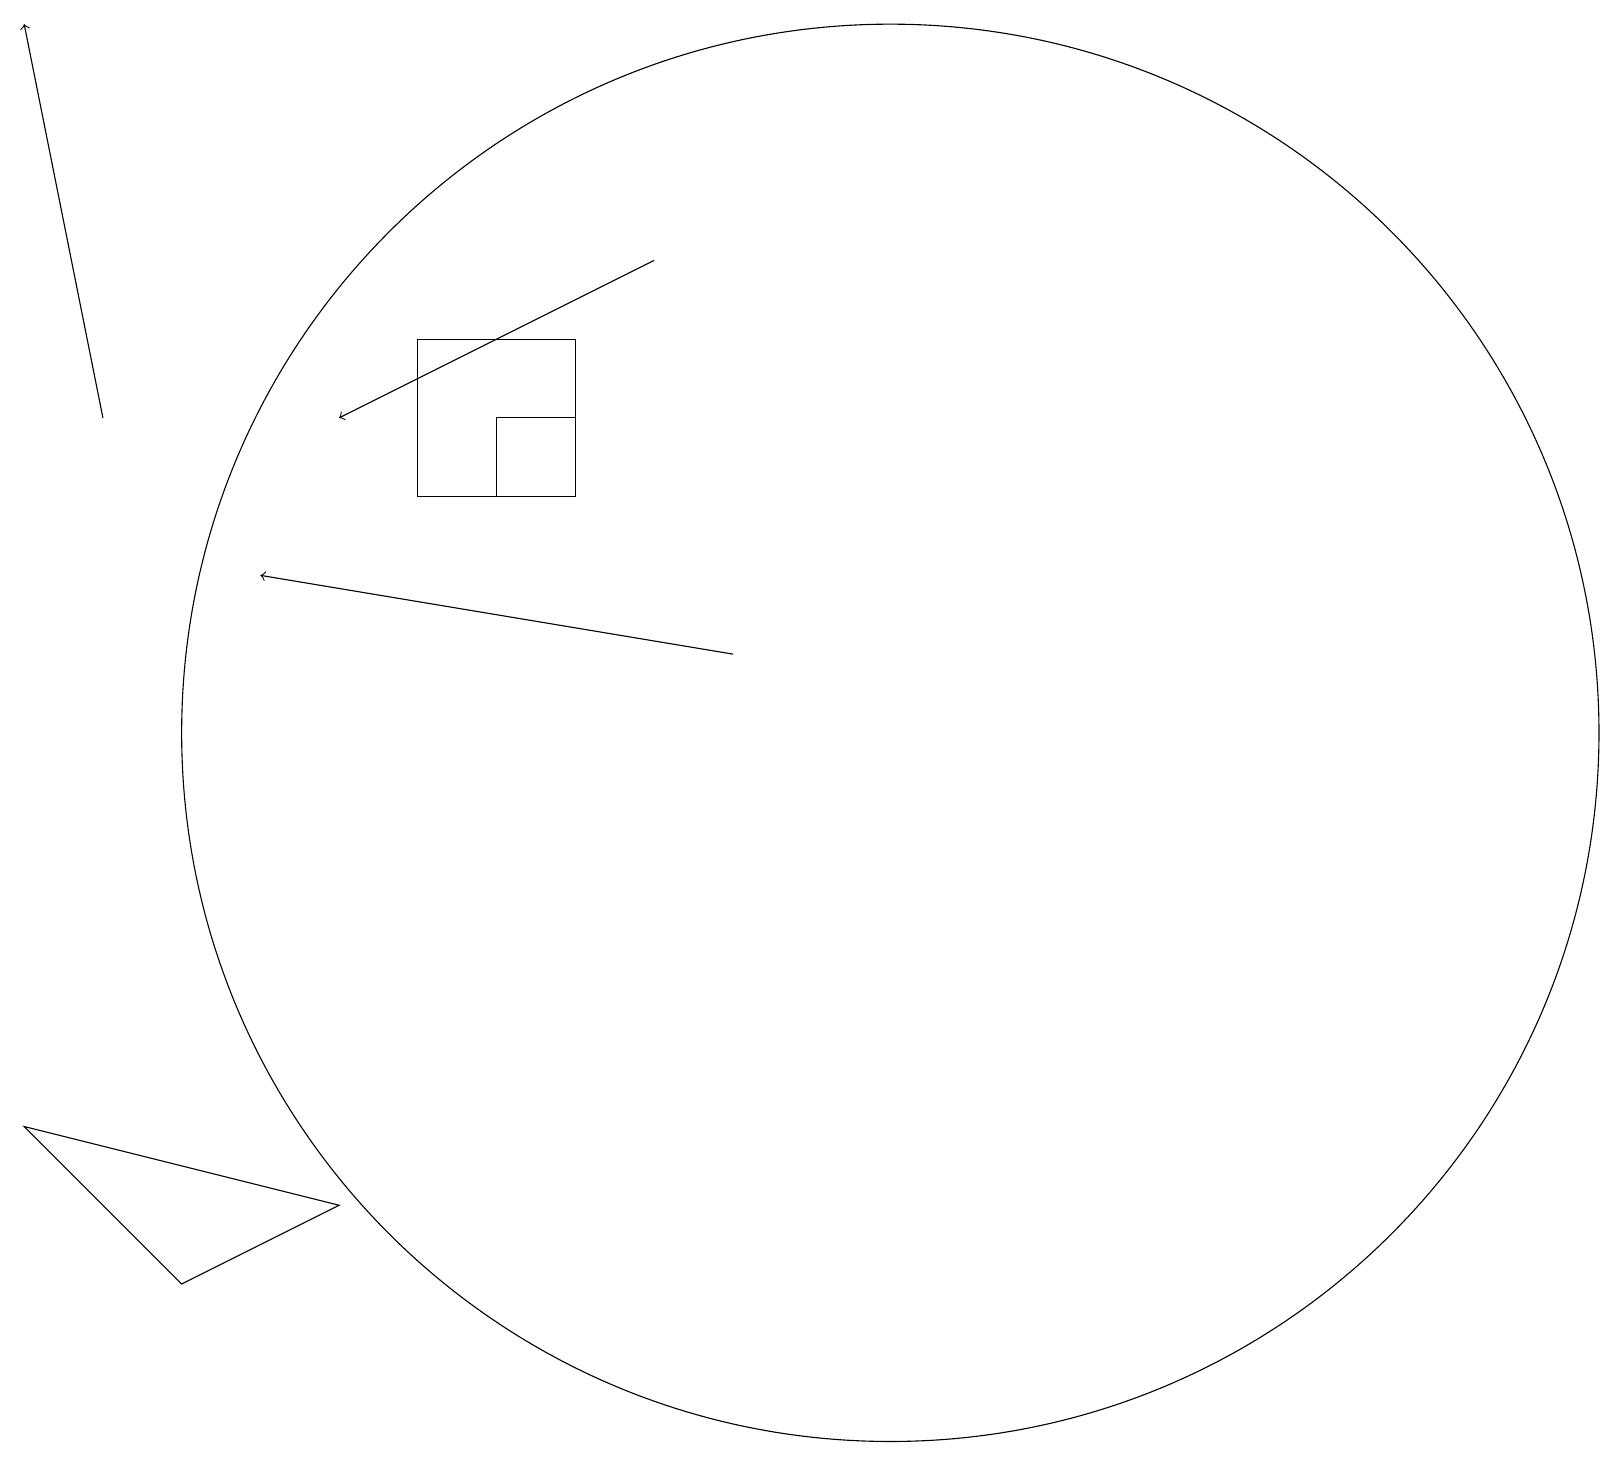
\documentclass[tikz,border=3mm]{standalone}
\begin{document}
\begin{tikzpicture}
\draw[->] (8,16) -- (4,14);
\draw (0,5) -- (4,4) -- (2,3) -- cycle;
\draw (5,13) rectangle (7,15);
\draw (6,14) rectangle (7,13);
\draw[->] (9,11) -- (3,12);
\draw (11,10) circle (9);
\draw[->] (1,14) -- (0,19);
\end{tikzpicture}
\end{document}